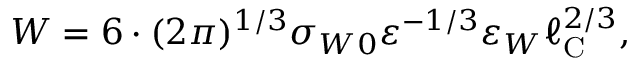
W = 6 \cdot ( 2 \pi ) ^ { 1 / 3 } \sigma _ { W 0 } \varepsilon ^ { - 1 / 3 } \varepsilon _ { W } \ell _ { \mathrm { { C } } } ^ { 2 / 3 } ,